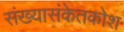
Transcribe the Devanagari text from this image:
संख्यासंकेतकोश